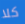
كلا